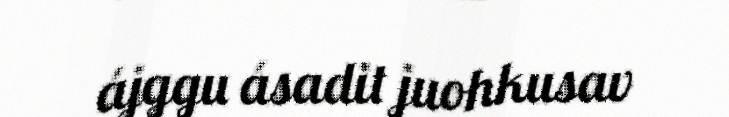
ájggu ásadit juohkusav